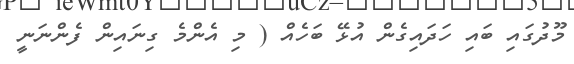
މޫދުގައި ބައި ހަދައިގެން އުޅޭ ބަހެއް ( މި އެންމެ ގިނައިން ފެންނަނީ